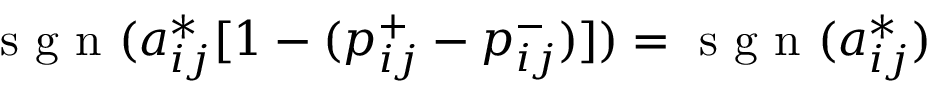
\mathrm { ~ s ~ g ~ n ~ } ( a _ { i j } ^ { * } [ 1 - ( p _ { i j } ^ { + } - p _ { i j } ^ { - } ) ] ) = \mathrm { ~ s ~ g ~ n ~ } ( a _ { i j } ^ { * } )